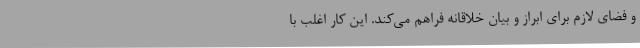
و فضای لازم برای ابراز و بیان خلاقانه فراهم می‌کند. این کار اغلب با